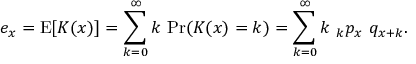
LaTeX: e _ { x } = \operatorname { E } [ K ( x ) ] = \sum _ { k = 0 } ^ { \infty } k \, \operatorname* { P r } ( K ( x ) = k ) = \sum _ { k = 0 } ^ { \infty } k \, \, _ { k } p _ { x } \, \, q _ { x + k } .